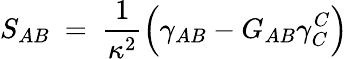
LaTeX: S_{AB}\ =\ \frac{1}{\kappa^{2}}\Big(\gamma_{AB}-G_{AB}\gamma_{C}^{C}\Big)